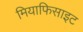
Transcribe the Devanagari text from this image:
मियाफिसाइट